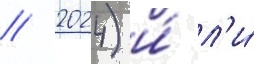
/ 2024) и́ л'и́